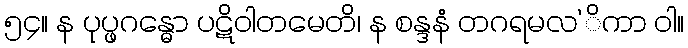
၅၄။ န ပုပ္ဖဂန္ဓော ပဋိဝါတမေတိ၊ န စန္ဒနံ တဂရမလ’ိကာ ဝါ။